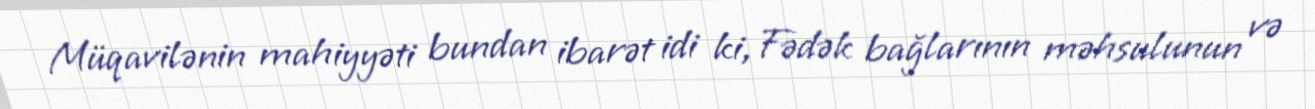
Müqavilənin mahiyyəti bundan ibarət idi ki, Fədək bağlarının məhsulunun və